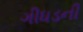
ગીધડની